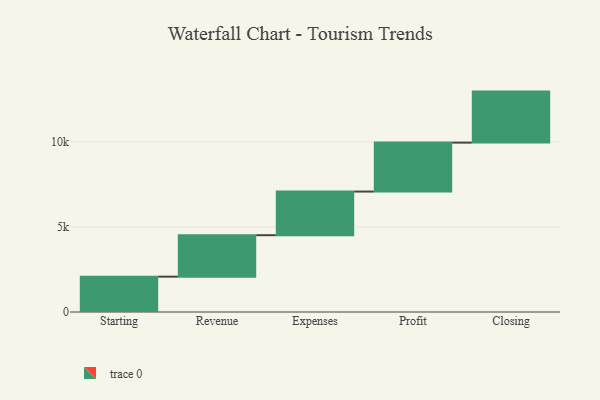
{"axis": {"x": "Step", "y": "Value"}, "legend": [""], "data": [{"x": "Starting", "y": 2078.0, "type": ""}, {"x": "Revenue", "y": 2438.0, "type": ""}, {"x": "Expenses", "y": 2566.0, "type": ""}, {"x": "Profit", "y": 2878.0, "type": ""}, {"x": "Closing", "y": 3000, "type": ""}]}